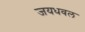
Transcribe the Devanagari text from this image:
जयधवल